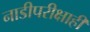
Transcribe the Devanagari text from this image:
नाडीपरीक्षाही